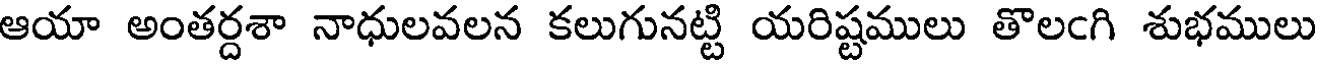
ఆయా అంతర్దశా నాధులవలన కలుగునట్టి యరిష్టములు తొలఁగి శుభములు